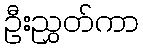
ဦးညွှတ်ကာ